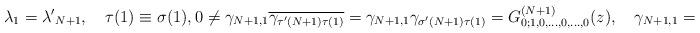
LaTeX: \begin{align*}\lambda_{1}={\lambda'}_{N+1},\quad\tau(1)\equiv \sigma(1),0\neq \gamma_{N+1,1}\overline{\gamma_{\tau'\left(N+1\right)\tau(1)}}=\gamma_{N+1,1}\gamma_{\sigma'\left(N+1\right)\tau(1)}=G^{\left(N+1\right)}_{0;1,0, \dots,0,\dots, 0}(z),\quad\gamma_{N+1,1}=\overline{\gamma_{N+1,1}}. \end{align*}